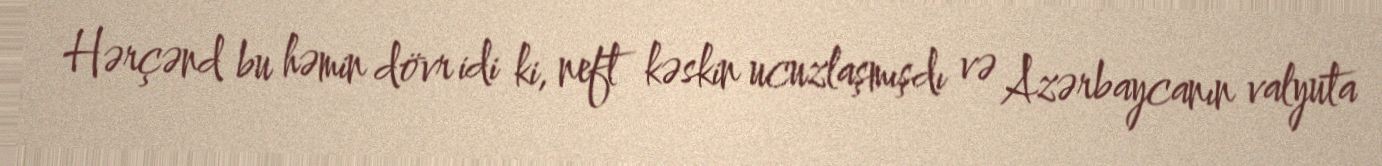
Hərçənd bu həmin dövr idi ki, neft kəskin ucuzlaşmışdı və Azərbaycanın valyuta